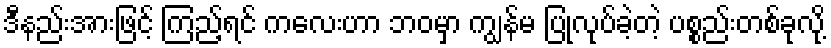
ဒီနည်းအားဖြင့် ကြည့်ရင် ကလေးဟာ ဘဝမှာ ကျွန်မ ပြုလုပ်ခဲ့တဲ့ ပစ္စည်းတစ်ခုလို့